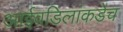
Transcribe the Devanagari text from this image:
आईवडिलांकडेच